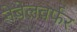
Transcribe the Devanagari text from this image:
नेबेलवर्फर